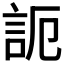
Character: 𧦠